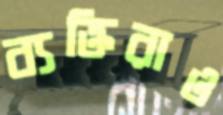
ব্যক্তিরাও